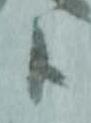
候